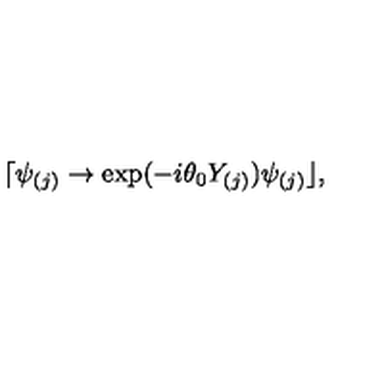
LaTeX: \lceil \psi _ { ( j ) } \rightarrow \exp ( - i \theta _ { 0 } Y _ { ( j ) } ) \psi _ { ( j ) } \rfloor ,